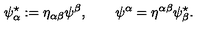
\psi _ { \alpha } ^ { \star } : = \eta _ { \alpha \beta } \psi ^ { \beta } , \qquad \psi ^ { \alpha } = \eta ^ { \alpha \beta } \psi _ { \beta } ^ { \star } .